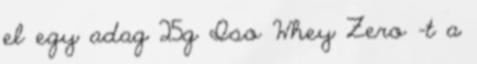
el egy adag 25g Iso Whey Zero -t a